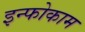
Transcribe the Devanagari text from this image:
इन्फोकाम